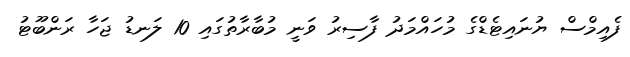
ފެއިމްސް ޔުނައިޓެޑްގެ މުހައްމަދު ފާސިރު ވަނީ މުބާރާތުގައި 10 ލަނޑު ޖަހާ ރަންބޫޓު